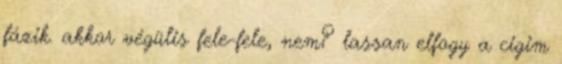
fázik. akkor végülis fele-fele, nem? lassan elfogy a cigim